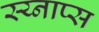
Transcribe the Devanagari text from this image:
स्य्नाप्स